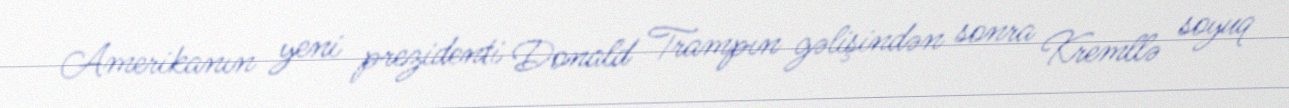
Amerikanın yeni prezidenti Donald Trampın gəlişindən sonra Kremllə soyuq